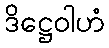
ဒိဋ္ဌေဝါဟံ